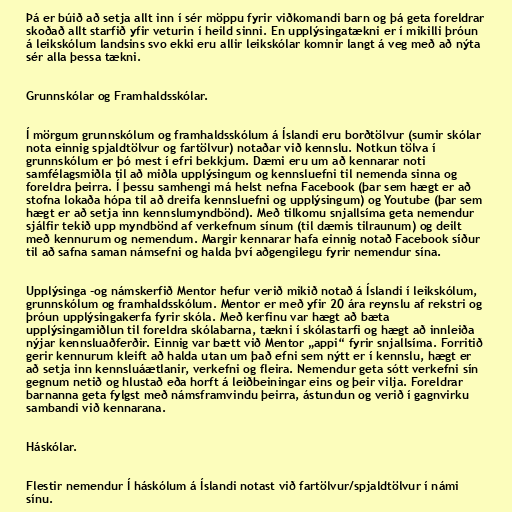
Þá er búið að setja allt inn í sér möppu fyrir viðkomandi barn og þá geta foreldrar
skoðað allt starfið yfir veturin í heild sinni. En upplýsingatækni er í mikilli þróun
á leikskólum landsins svo ekki eru allir leikskólar komnir langt á veg með að nýta
sér alla þessa tækni.

Grunnskólar og Framhaldsskólar.

Í mörgum grunnskólum og framhaldsskólum á Íslandi eru borðtölvur (sumir skólar
nota einnig spjaldtölvur og fartölvur) notaðar við kennslu. Notkun tölva í
grunnskólum er þó mest í efri bekkjum. Dæmi eru um að kennarar noti
samfélagsmiðla til að miðla upplýsingum og kennsluefni til nemenda sinna og
foreldra þeirra. Í þessu samhengi má helst nefna Facebook (þar sem hægt er að
stofna lokaða hópa til að dreifa kennsluefni og upplýsingum) og Youtube (þar sem
hægt er að setja inn kennslumyndbönd). Með tilkomu snjallsíma geta nemendur
sjálfir tekið upp myndbönd af verkefnum sínum (til dæmis tilraunum) og deilt
með kennurum og nemendum. Margir kennarar hafa einnig notað Facebook síður
til að safna saman námsefni og halda því aðgengilegu fyrir nemendur sína.

Upplýsinga -og námskerfið Mentor hefur verið mikið notað á Íslandi í leikskólum,
grunnskólum og framhaldsskólum. Mentor er með yfir 20 ára reynslu af rekstri og
þróun upplýsingakerfa fyrir skóla. Með kerfinu var hægt að bæta
upplýsingamiðlun til foreldra skólabarna, tækni í skólastarfi og hægt að innleiða
nýjar kennsluaðferðir. Einnig var bætt við Mentor „appi“ fyrir snjallsíma. Forritið
gerir kennurum kleift að halda utan um það efni sem nýtt er í kennslu, hægt er
að setja inn kennsluáætlanir, verkefni og fleira. Nemendur geta sótt verkefni sín
gegnum netið og hlustað eða horft á leiðbeiningar eins og þeir vilja. Foreldrar
barnanna geta fylgst með námsframvindu þeirra, ástundun og verið í gagnvirku
sambandi við kennarana.

Háskólar.

Flestir nemendur Í háskólum á Íslandi notast við fartölvur/spjaldtölvur í námi
sínu.